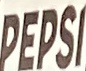
PEPSI